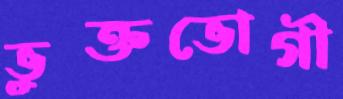
ভুক্তভোগী